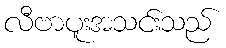
လီဗာပူးအသင်းသည်